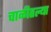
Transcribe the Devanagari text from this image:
चाळीतल्या